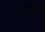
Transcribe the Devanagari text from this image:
ज्योतीबांनी